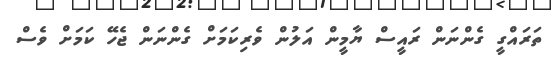
ތަރައްގީ ގެންނަން ރައީސް ޔާމީން އަލުން ވެރިކަމަށް ގެންނަން ޖެހޭ ކަމަށް ވެސް